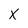
Character: X